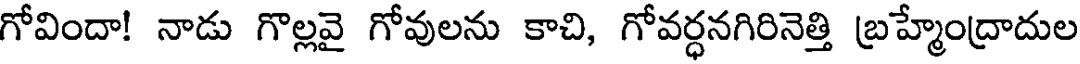
గోవిందా! నాడు గొల్లవై గోవులను కాచి, గోవర్ధనగిరినెత్తి బ్రహ్మేంద్రాదుల